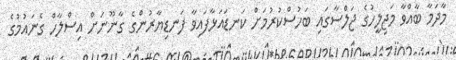
މާދަމާ ބާއްވާ މަޖިލީހުގެ ޖަލްސާގައި ބަހުސްކުރުމަށް ކަނޑައަޅާފައިވާ ފަނޑިޔާރުންގެ ގާނޫނަށް އިސްލާހް ގެނައުމުގެ